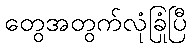
တွေအတွက်လုံခြုံပြီ